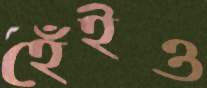
হেঁইও